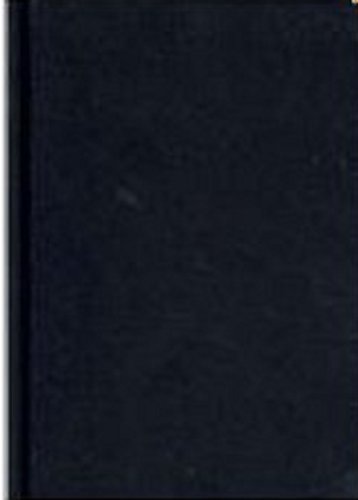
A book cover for Documentary & Archival Research (SAGE Benchmarks in Social Research Methods); Politics & Social Sciences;